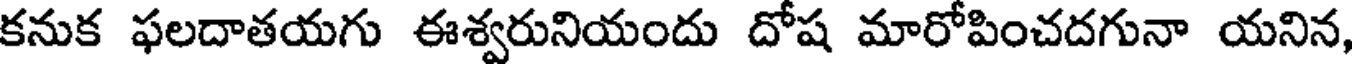
కనుక ఫలదాతయగు ఈశ్వరునియందు దోష మారోపించదగునా యనిన,